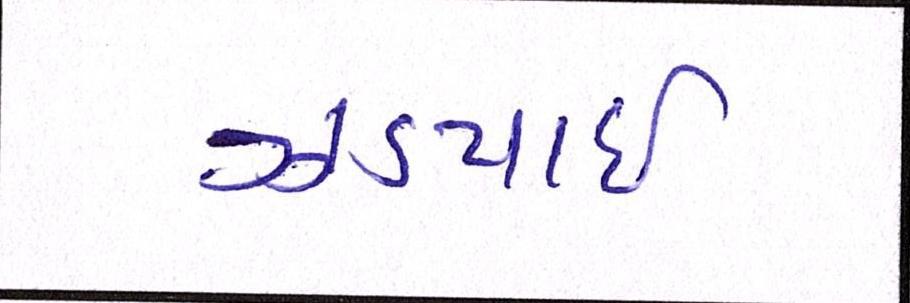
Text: ઝડપાઈ